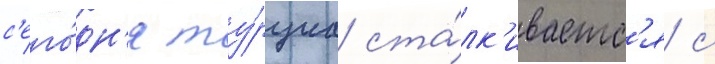
с'его́дн'я ту́рциа ста́лк'иваетс'я с